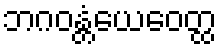
ဘဂဝန္တံယေဝေတ္ထ